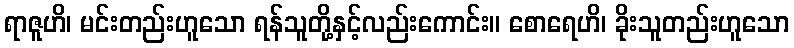
ရာဇူဟိ၊ မင်းတည်းဟူသော ရန်သူတို့နှင့်လည်းကောင်း။ စောရေဟိ၊ ခိုးသူတည်းဟူသော